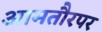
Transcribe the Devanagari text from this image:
आमतौरपर